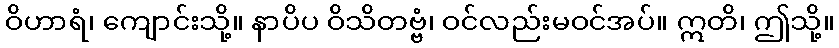
ဝိဟာရံ၊ ကျောင်းသို့။ နာပိပ ဝိသိတဗ္ဗံ၊ ဝင်လည်းမဝင်အပ်။ ဣတိ၊ ဤသို့။